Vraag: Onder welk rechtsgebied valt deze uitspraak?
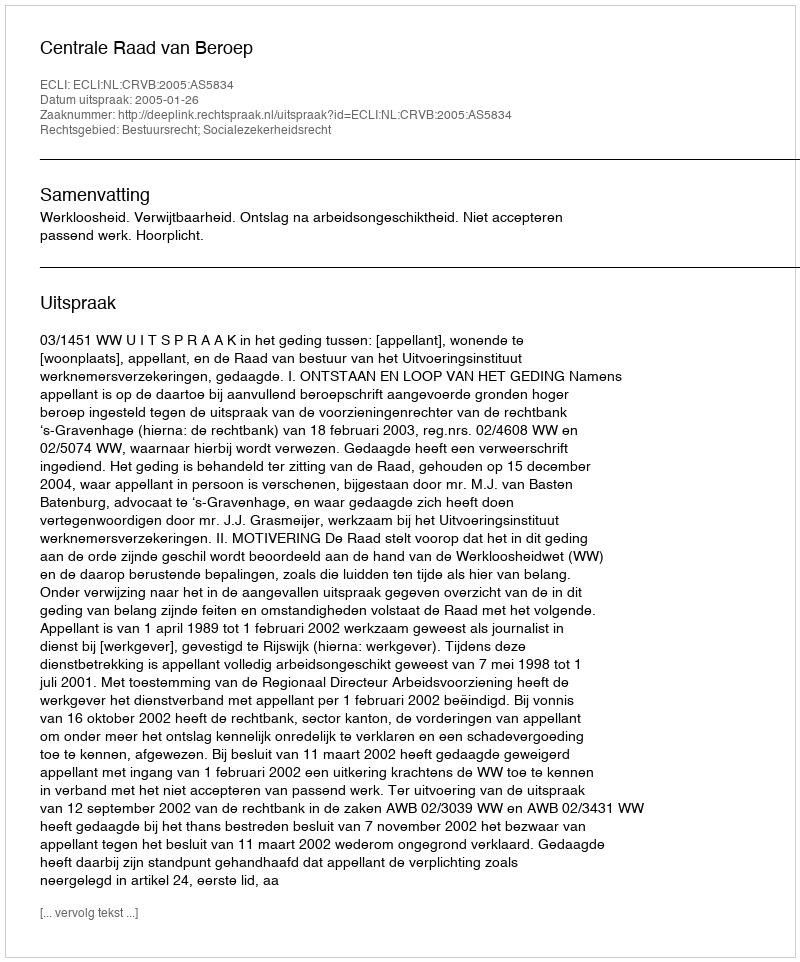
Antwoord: Bestuursrecht; Socialezekerheidsrecht